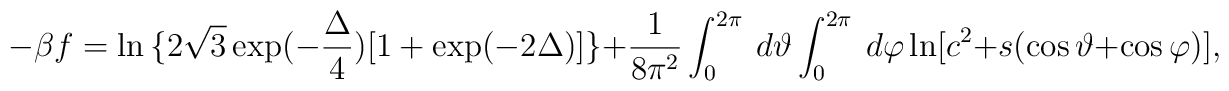
-{\beta f} = \ln{\{2 \sqrt3 \exp(-{\frac{\Delta}{4}})[1 + \exp(-2{\Delta})]\}} +{\frac{1}{8{\pi}^2}}\int_{0}^{2\pi} \ d{\vartheta} \int_{0}^{2\pi} \ d{\varphi}\ln[c^2 + s(\cos{\vartheta} + \cos{\varphi})],